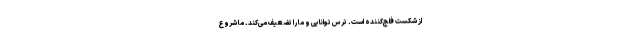
از شکست فلج‌کننده است. ترس توانایی و ما را تضعیف می‌کند. ما شروع